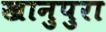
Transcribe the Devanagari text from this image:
खानुपुरा